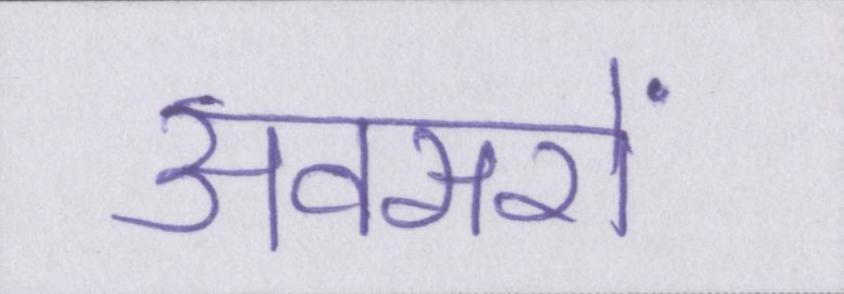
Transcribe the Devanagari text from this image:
अवसरों